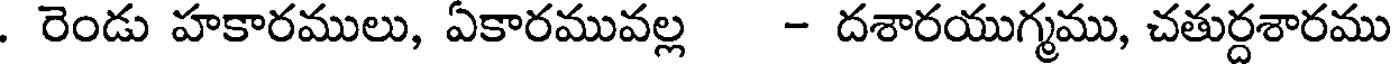
. రెండు హకారములు, ఏకారమువల్ల - దశారయుగ్మము, చతుర్దశారము